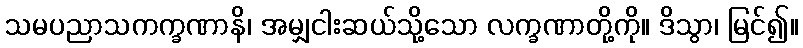
သမပညာသကက္ခဏာနိ၊ အမျှငါးဆယ်သို့သော လက္ခဏာတို့ကို။ ဒိသွာ၊ မြင်၍။